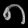
Digit: ၈